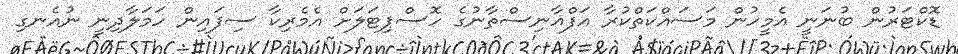
ޑޮކްޓަރުން ބުނަނީ އެމީހުން މަސައްކަތްކުރާ އަފްޣާނިސްތާނުގެ ހޮސްޕިޓަލަށް އެމެރިކާ ސިފައިން ހަމަލާދިނީ ނުއެނގި